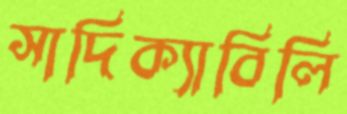
সাদিক্যাবিলি